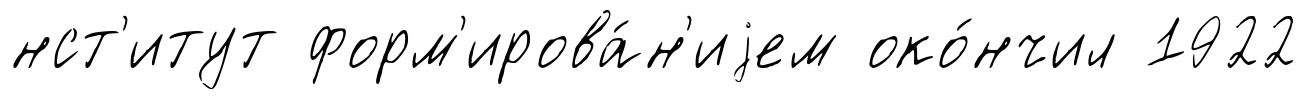
нст'итут форм'ирова́н'иjем око́нчил 1922